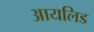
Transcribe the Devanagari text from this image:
आयलिड